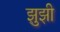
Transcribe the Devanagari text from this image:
झुझी